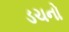
ડચનો